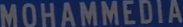
MOHAMMEDIA